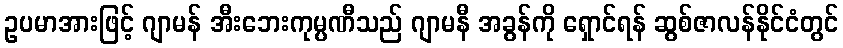
ဥပမာအားဖြင့် ဂျာမန် အီးဘေးကုမ္ပဏီသည် ဂျာမနီ အခွန်ကို ရှောင်ရန် ဆွစ်ဇာလန်နိုင်ငံတွင်